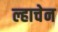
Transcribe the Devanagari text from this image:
ल्हाचेन